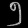
Digit: ၅